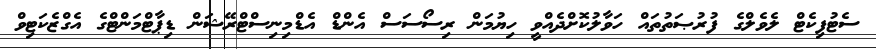
ސެޓުފިކެޓް ލެވެލްގެ ފުރުޞަތުތައް ހަވާލުކޮށްދެއްވީ ހިޔުމަން ރިސޯސަސް އެންޑް އެޑްމިނިސްޓްރޭޝަން ޑިޕާޓްމަންޓްގެ އެގްޒެކަޓިވް